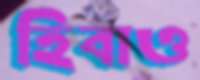
হিবাও